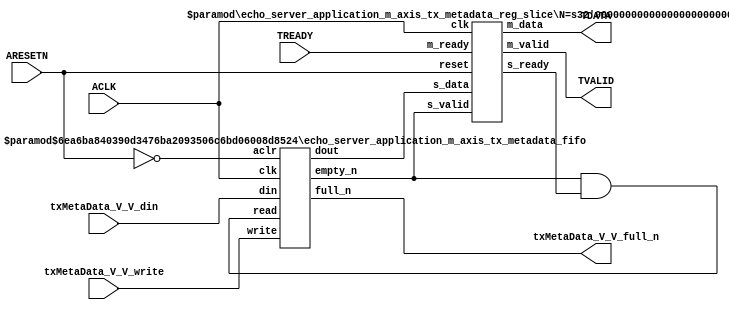
// ==============================================================
// File generated by Vivado(TM) HLS - High-Level Synthesis from C, C++ and SystemC
// Version: 2015.1
// Copyright (C) 2015 Xilinx Inc. All rights reserved.
// 
// ==============================================================


`timescale 1ns/1ps

module echo_server_application_m_axis_tx_metadata_if (
    // AXI4-Stream singals
    input  wire        ACLK,
    input  wire        ARESETN,
    output wire        TVALID,
    input  wire        TREADY,
    output wire [15:0] TDATA,
    // User signals
    input  wire [15:0] txMetaData_V_V_din,
    output wire        txMetaData_V_V_full_n,
    input  wire        txMetaData_V_V_write
);
//------------------------Local signal-------------------
// FIFO
wire [0:0]  fifo_read;
wire [0:0]  fifo_empty_n;
wire [15:0] txMetaData_V_V_dout;
wire [0:0]  txMetaData_V_V_empty_n;
// register slice
wire [0:0]  s_valid;
wire [0:0]  s_ready;
wire [15:0] s_data;
wire [0:0]  m_valid;
wire [0:0]  m_ready;
wire [15:0] m_data;

//------------------------Instantiation------------------
// rs
echo_server_application_m_axis_tx_metadata_reg_slice #(
    .N       ( 16 )
) rs (
    .clk     ( ACLK ),
    .reset   ( ARESETN ),
    .s_data  ( s_data ),
    .s_valid ( s_valid ),
    .s_ready ( s_ready ),
    .m_data  ( m_data ),
    .m_valid ( m_valid ),
    .m_ready ( m_ready )
);

// txMetaData_V_V_fifo
echo_server_application_m_axis_tx_metadata_fifo #(
    .DATA_BITS  ( 16 ),
    .DEPTH_BITS ( 4 )
) txMetaData_V_V_fifo (
    .clk        ( ACLK ),
    .aclr       ( ~ARESETN ),
    .empty_n    ( txMetaData_V_V_empty_n ),
    .full_n     ( txMetaData_V_V_full_n ),
    .read       ( fifo_read ),
    .write      ( txMetaData_V_V_write ),
    .dout       ( txMetaData_V_V_dout ),
    .din        ( txMetaData_V_V_din )
);

//------------------------Body---------------------------
//++++++++++++++++++++++++AXI4-Stream++++++++++++++++++++
assign TVALID = m_valid;
assign TDATA  = m_data[15:0];

//+++++++++++++++++++++++++++++++++++++++++++++++++++++++

//++++++++++++++++++++++++Reigister Slice++++++++++++++++
assign s_valid = fifo_empty_n;
assign m_ready = TREADY;
assign s_data  = {txMetaData_V_V_dout};

//+++++++++++++++++++++++++++++++++++++++++++++++++++++++

//++++++++++++++++++++++++FIFO+++++++++++++++++++++++++++
assign fifo_read    = fifo_empty_n & s_ready;
assign fifo_empty_n = txMetaData_V_V_empty_n;

//+++++++++++++++++++++++++++++++++++++++++++++++++++++++

endmodule



`timescale 1ns/1ps

module echo_server_application_m_axis_tx_metadata_fifo
#(parameter
    DATA_BITS  = 8,
    DEPTH_BITS = 4
)(
    input  wire                 clk,
    input  wire                 aclr,
    output wire                 empty_n,
    output wire                 full_n,
    input  wire                 read,
    input  wire                 write,
    output wire [DATA_BITS-1:0] dout,
    input  wire [DATA_BITS-1:0] din
);
//------------------------Parameter----------------------
localparam
    DEPTH = 1 << DEPTH_BITS;
//------------------------Local signal-------------------
reg                   empty;
reg                   full;
reg  [DEPTH_BITS-1:0] index;
reg  [DATA_BITS-1:0]  mem[0:DEPTH-1];
//------------------------Body---------------------------
assign empty_n = ~empty;
assign full_n  = ~full;
assign dout    = mem[index];

// empty
always @(posedge clk or posedge aclr) begin
    if (aclr)
        empty <= 1'b1;
    else if (empty & write & ~read)
        empty <= 1'b0;
    else if (~empty & ~write & read & (index==1'b0))
        empty <= 1'b1;
end

// full
always @(posedge clk or posedge aclr) begin
    if (aclr)
        full <= 1'b0;
    else if (full & read & ~write)
        full <= 1'b0;
    else if (~full & ~read & write & (index==DEPTH-2'd2))
        full <= 1'b1;
end

// index
always @(posedge clk or posedge aclr) begin
    if (aclr)
        index <= {DEPTH_BITS{1'b1}};
    else if (~empty & ~write & read)
        index <= index - 1'b1;
    else if (~full & ~read & write)
        index <= index + 1'b1;
end

// mem
always @(posedge clk) begin
    if (~full & write) mem[0] <= din;
end

genvar i;
generate
    for (i = 1; i < DEPTH; i = i + 1) begin : gen_sr
        always @(posedge clk) begin
            if (~full & write) mem[i] <= mem[i-1];
        end
    end
endgenerate

endmodule

`timescale 1ns/1ps

module echo_server_application_m_axis_tx_metadata_reg_slice
#(parameter
    N = 8   // data width
) (
    // system signals
    input  wire         clk,
    input  wire         reset,
    // slave side
    input  wire [N-1:0] s_data,
    input  wire         s_valid,
    output wire         s_ready,
    // master side
    output wire [N-1:0] m_data,
    output wire         m_valid,
    input  wire         m_ready
);
//------------------------Parameter----------------------
// state
localparam [1:0]
    ZERO = 2'b10,
    ONE  = 2'b11,
    TWO  = 2'b01;
//------------------------Local signal-------------------
reg  [N-1:0] data_p1;
reg  [N-1:0] data_p2;
wire         load_p1;
wire         load_p2;
wire         load_p1_from_p2;
reg          s_ready_t;
reg  [1:0]   state;
reg  [1:0]   next;
//------------------------Body---------------------------
assign s_ready = s_ready_t;
assign m_data  = data_p1;
assign m_valid = state[0];

assign load_p1 = (state == ZERO && s_valid) ||
                 (state == ONE && s_valid && m_ready) ||
                 (state == TWO && m_ready);
assign load_p2 = s_valid & s_ready;
assign load_p1_from_p2 = (state == TWO);

// data_p1
always @(posedge clk) begin
    if (load_p1) begin
        if (load_p1_from_p2)
            data_p1 <= data_p2;
        else
            data_p1 <= s_data;
    end
end

// data_p2
always @(posedge clk) begin
    if (load_p2) data_p2 <= s_data;
end

// s_ready_t
always @(posedge clk) begin
    if (~reset)
        s_ready_t <= 1'b0;
    else if (state == ZERO)
        s_ready_t <= 1'b1;
    else if (state == ONE && next == TWO)
        s_ready_t <= 1'b0;
    else if (state == TWO && next == ONE)
        s_ready_t <= 1'b1;
end

// state
always @(posedge clk) begin
    if (~reset)
        state <= ZERO;
    else
        state <= next;
end

// next
always @(*) begin
    case (state)
        ZERO:
            if (s_valid & s_ready)
                next = ONE;
            else
                next = ZERO;
        ONE:
            if (~s_valid & m_ready)
                next = ZERO;
            else if (s_valid & ~m_ready)
                next = TWO;
            else
                next = ONE;
        TWO:
            if (m_ready)
                next = ONE;
            else
                next = TWO;
        default:
            next = ZERO;
    endcase
end

endmodule